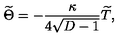
{ \widetilde \Theta } = - { \frac { \kappa } { 4 \sqrt { D - 1 } } } { \widetilde T } ,